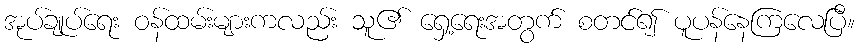
အုပ်ချုပ်ရေး ဝန်ထမ်းများကလည်း သူ၏ ရှေ့ရေးအတွက် စတင်၍ ပူပန်နေကြလေပြီ။